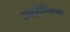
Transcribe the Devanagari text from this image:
हाइड्रोस्फ़ियर